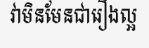
វាមិនមែនជារឿងល្អ